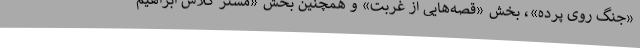
«جنگ روی پرده»، بخش «قصه‌هایی از غربت» و همچنین بخش «مستر کلاس ابراهیم